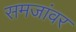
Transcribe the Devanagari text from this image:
समजांवर